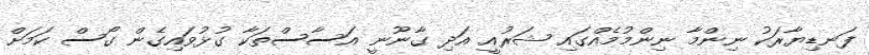
ފަނޑިޔާރަކު ނިންމާ ނިންމުމެއްގައި ޝަރުއީ އަދި ގާނޫނީ އަސާސްތަކާ ގުޅުވައިގެން ގޯސް ކަމަށް